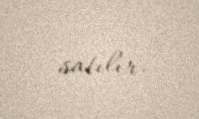
satılır.